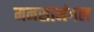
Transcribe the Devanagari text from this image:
मनसामंगल